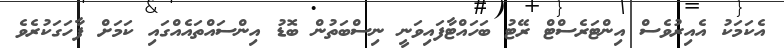
އެކަމަކު އެއިރުވެސް އިންޓަރެސްޓް ރޭޓު ބަހައްޓާފައިވަނީ ނިސްބަތުން ބޮޑު އިންސައްތައެއްގައި ކަމަށް ފާހަގަކުރެވެ